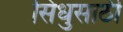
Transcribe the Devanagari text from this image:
सिंधुसाठी